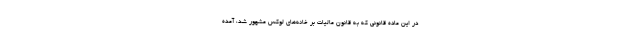
در این ماده قانونی که به قانون مالیات بر خانه‌های لوکس مشهور شد، آمده